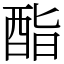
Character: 酯